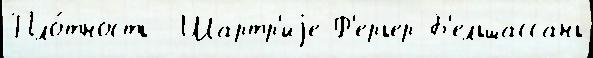
Пло́тность  Шартр'иjе-Ф'ерьер Б'ельшассань